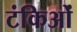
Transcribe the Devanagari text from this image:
टंकिओं